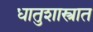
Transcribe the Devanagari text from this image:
धातुशास्त्रात